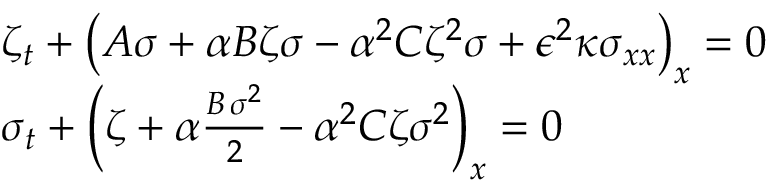
\begin{array} { r l } & { \zeta _ { t } + \left( A { \sigma } + \alpha B { \zeta } { \sigma } - \alpha ^ { 2 } C { \zeta } ^ { 2 } { \sigma } + \epsilon ^ { 2 } \kappa { \sigma } _ { x x } \right) _ { x } = 0 } \\ & { \sigma _ { t } + \left( { \zeta } + \alpha \frac { B \, { \sigma } ^ { 2 } } { 2 } - \alpha ^ { 2 } C { \zeta } { \sigma } ^ { 2 } \right) _ { x } = 0 } \end{array}